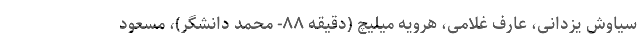
سیاوش یزدانی، عارف غلامی، هرویه میلیچ (دقیقه ۸۸- محمد دانشگر)، مسعود